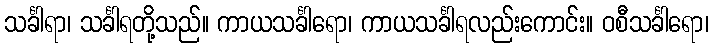
သင်္ခါရာ၊ သင်္ခါရတို့သည်။ ကာယသင်္ခါရော၊ ကာယသင်္ခါရလည်းကောင်း။ ဝစီသင်္ခါရော၊